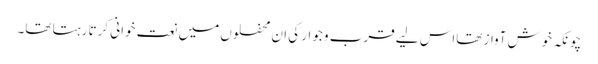
چونکہ خوش آواز تھااس لیے قرب و جوار کی ان محفلوں میں نعت خوانی کرتا رہتا تھا۔